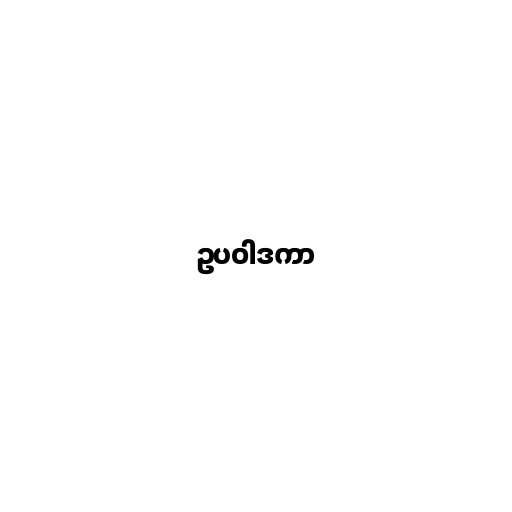
ဥပဝါဒကာ